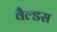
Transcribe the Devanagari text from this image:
वैल्डस